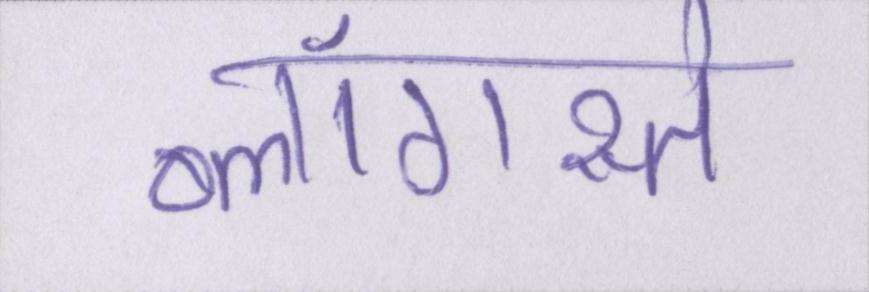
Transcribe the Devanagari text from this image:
ब्लॉगस्ते